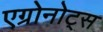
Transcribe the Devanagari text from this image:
एग्रोनोट्स